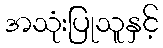
အသုံးပြုသူနှင့်